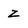
Character: z